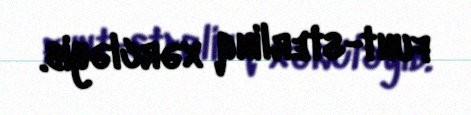
funt-sterlinq xərcləyib.